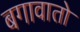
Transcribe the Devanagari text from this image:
बगावातो